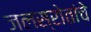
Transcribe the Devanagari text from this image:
जलस्रोतांचे